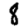
Digit: 8